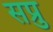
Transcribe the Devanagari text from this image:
सप्रु